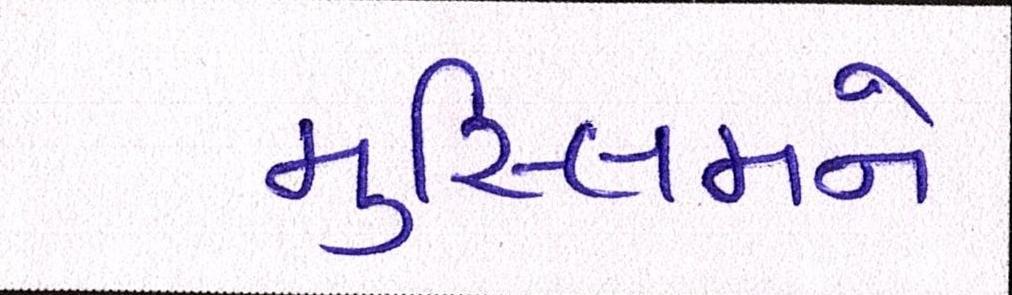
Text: મુસ્લિમને